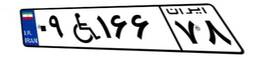
۶۷W۳۷۶۹۳